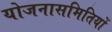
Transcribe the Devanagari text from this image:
योजनासमितियों